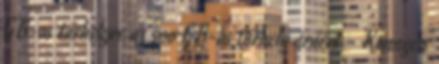
GB-os tárhelyre az 500 GB-os tárhely áráért - Könnyen